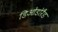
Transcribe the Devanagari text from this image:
डिओडोरैंड